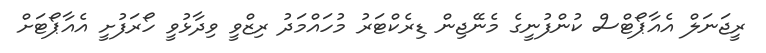
ރީޖަނަލް އެއާޕޯޓްސް ކުންފުނީގެ މެނޭޖިން ޑިރެކްޓަރު މުހައްމަދު ރިޒްވީ ވިދާޅުވީ ހޯރަފުށީ އެއާޕޯޓަށް